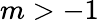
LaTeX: m>-1